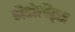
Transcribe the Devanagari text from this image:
मैडोलैंड्स